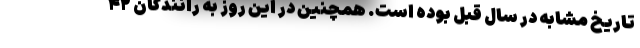
تاریخ مشابه در سال قبل بوده است. همچنین در این روز به رانندگان ۴۲